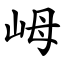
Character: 㟂